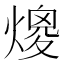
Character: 𤎑